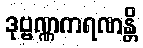
ဒုဗ္ဗဏ္ဏကရဏန္တိ